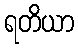
ရတိယာ